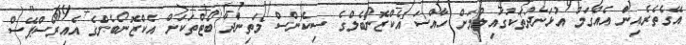
އޭގެތެރެއިން އެއްގަމު އުޅަނދުތަކުގައިލުމަށް ހާއްސަ އެކްޒޮނޯބެލްގެ ސިކެންސް މަތިންދާ ބޯޓްތަކަށް އެކްޒޮނޯބެލްގެ އެއިރޯސްޕޭސް